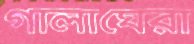
গালাঘেরা